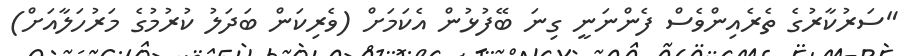
"ސަރުކާރުގެ ތެރެއިންވެސް ފެންނަނީ ގިނަ ބޭފުޅުން އެކަމަށް (ވެރިކަން ބަދަލު ކުރުމުގެ މަރުހަލާއަށް)